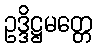
ဥဒ္ဒိဋ္ဌမတ္တေ